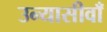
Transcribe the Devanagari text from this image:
उन्यासीवाँ